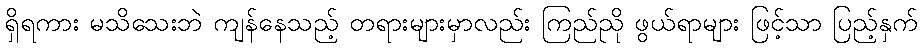
ရှိရကား မသိသေးဘဲ ကျန်နေသည့် တရားများမှာလည်း ကြည်ညို ဖွယ်ရာများ ဖြင့်သာ ပြည့်နှက်